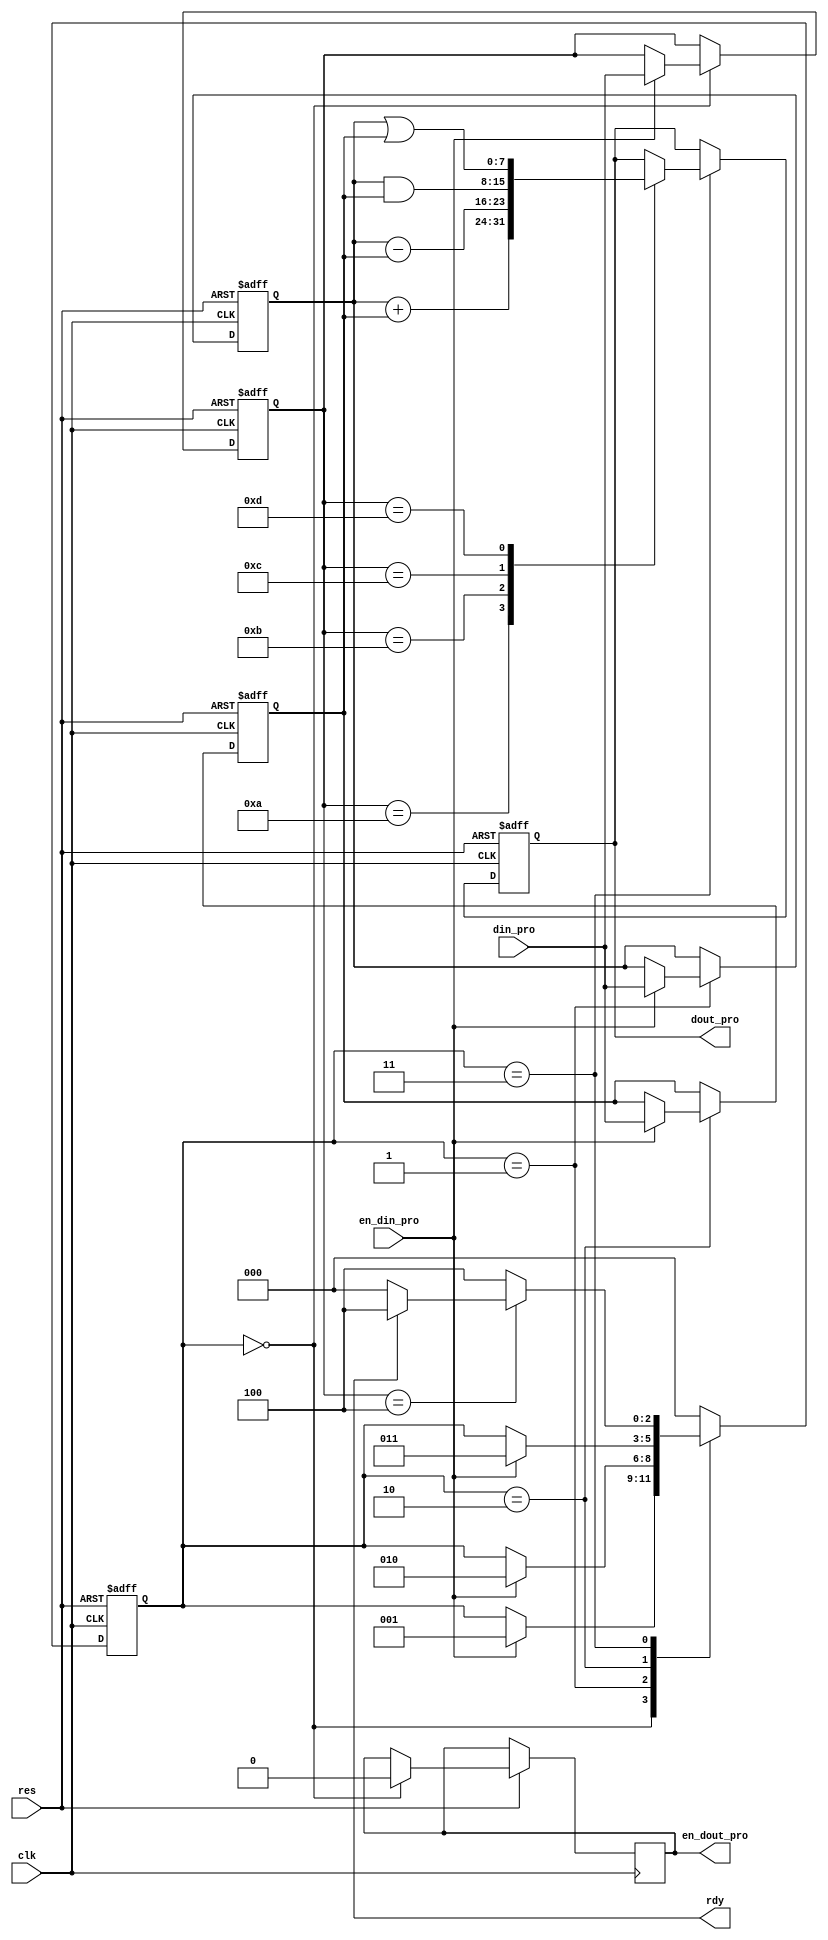
module  cmd_pro(clk,res,din_pro,en_din_pro,dout_pro,en_dout_pro,rdy);
    input clk,res;
    input[7:0] din_pro;
    input en_din_pro;
    output [7:0] dout_pro;
    output en_dout_pro;
    output rdy;
    
    parameter add_ab = 8'h0a;
    parameter sub_ab = 8'h0b;
    parameter and_ab = 8'h0c;
    parameter or_ab = 8'h0d;
    
    reg[2:0]  state;
    reg[7:0]  cmd_reg,A_reg,B_reg;
    reg[7:0]  dout_pro;
    
    always@(posedge clk or negedge res)
    if(~res)begin
    	state<=0;
    	cmd_reg<=0;A_reg<=0;B_reg<=0;dout_pro<=0;
    end
    else begin
    	case(state)
    		0:begin
    			en_dout_pro<=0;
    			if(en_din_pro)begin
    				cmd_reg<=din_pro;
    				state<=1;
    			end
    		end
    		1:begin
    			if(en_din_pro)begin
    				A_reg<=din_pro;
    				state<=2;
    			end
    		end
    		2:begin
    			if(en_din_pro)begin
    				B_reg<=din_pro;
    				state<=3;
    			end
    		end
    		3:begin
    			state<=4;
    			case(cmd_reg)
    				add_ab:begin
    					dout_pro<=A_reg+B_reg;
    				end
    				sub_ab:begin
    					dout_pro<=A_reg-B_reg;
    				end
    				and_ab:begin
    					dout_pro<=A_reg&B_reg;
    				end
    				or_ab:begin
    					dout_pro<=A_reg|B_reg;
    				end
    			4:begin
    				if(~rdy)begin
    					enout_pro<=1;
    					state<=0;
    				end
    			end
    			endcase
    		end
    		default:begin
    			state<=0;
    			enout_pro<=0;
    		end
    		
    	endcase
    end

endmodule